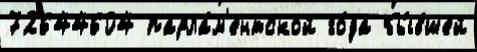
72644604 парла́м'ентской го́да бы́вшей